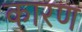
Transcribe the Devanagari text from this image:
कारण्‍ा